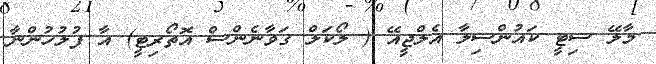
މާލޭ ސިޓީ ކައުންސިލާ އެލްޖީއޭ ( ލޯކަލް ގަވާނެންސް އޮތޯރިޓީ) އާ ފުލުހުންނާ